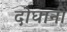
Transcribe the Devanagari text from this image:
दोघानी